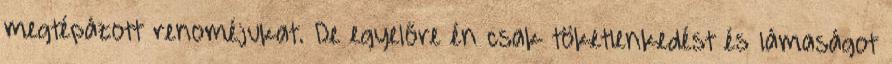
megtépázott renoméjukat. De egyelőre én csak töketlenkedést és lámaságot